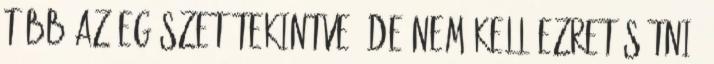
több az egészet tekintve. De nem kell ezret sütni.